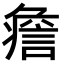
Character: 𧩏